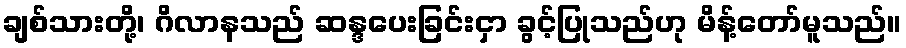
ချစ်သားတို့၊ ဂိလာနသည် ဆန္ဒပေးခြင်းငှာ ခွင့်ပြုသည်ဟု မိန့်တော်မူသည်။